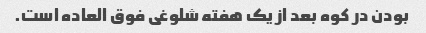
بودن در کوه بعد از یک هفته شلوغی فوق العاده است.